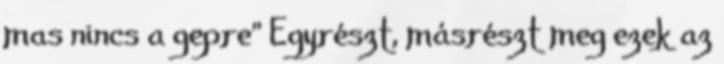
mas nincs a gepre" Egyrészt, másrészt meg ezek az